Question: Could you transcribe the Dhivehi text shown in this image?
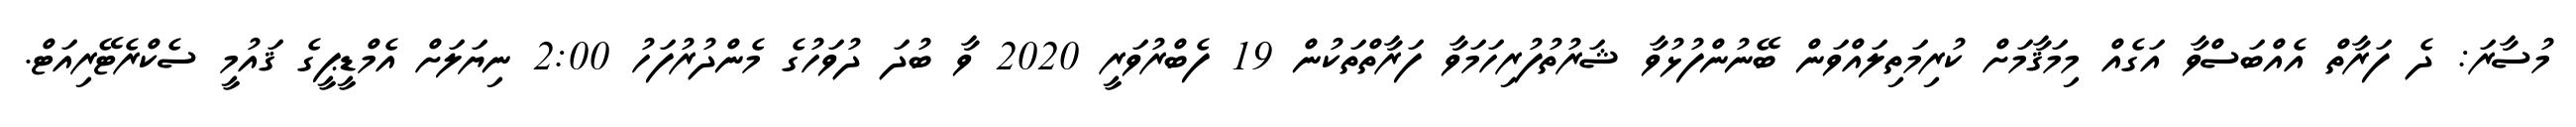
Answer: މުސާރަ: ދެ ފަރާތް އެއްބަސްވާ އަގެއް މިމަޤާމަށް ކުރިމަތިލައްވަން ބޭނުންފުޅުވާ ޝަރުތުފުރިހަމަވާ ފަރާތްތަކުން 19 ފެބްރުވަރީ 2020 ވާ ބުދަ ދުވަހުގެ މެންދުރުފަހު 2:00 ނިޔަލަށް އެމްޑީޕީގެ ޤައުމީ ސެކްރެޓޭރިއަޓް.